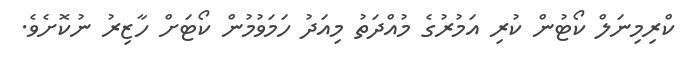
ކްރިމިނަލް ކޯޓުން ކުރި އަމުުރުގެ މުއްދަތު މިއަދު ހަމަވުމުން ކޯޓަށް ހާޒިރު ނުކޮށެވެ.